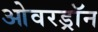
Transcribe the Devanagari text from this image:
ओवरड्रॉन